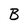
Character: B